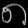
Digit: ၈